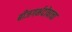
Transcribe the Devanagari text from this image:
बीजगर्भदोषाचा